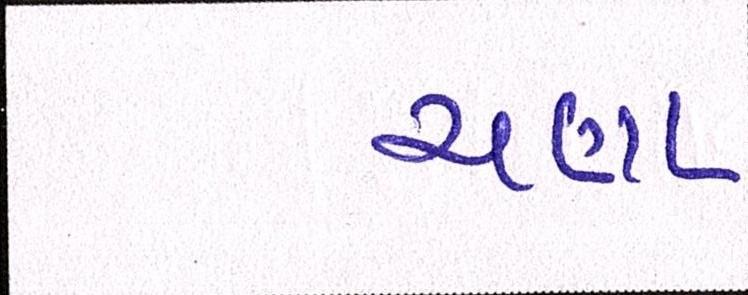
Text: ચણા